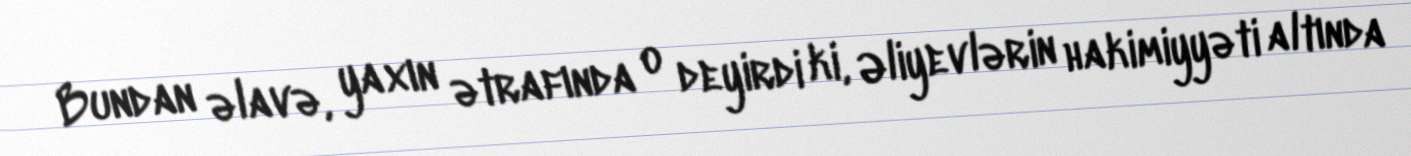
Bundan əlavə, yaxın ətrafında o deyirdi ki, Əliyevlərin hakimiyyəti altında